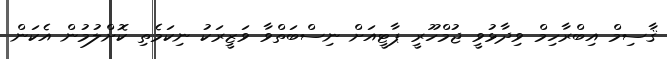
ޤާސިމް އިބްރާހިމް ވިދާޅުވީ ޖުމްހޫރީ ޕާޓީއަށް ނިސްބަތްވާ ވަޒީރަކު ނިކަމެތި ކޮށްލުމުން އެކަން